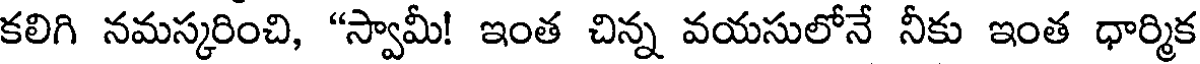
కలిగి నమస్కరించి, "స్వామీ! ఇంత చిన్న వయసులోనే నీకు ఇంత ధార్మిక